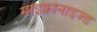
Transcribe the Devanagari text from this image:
माइक्रोनाइज्ड